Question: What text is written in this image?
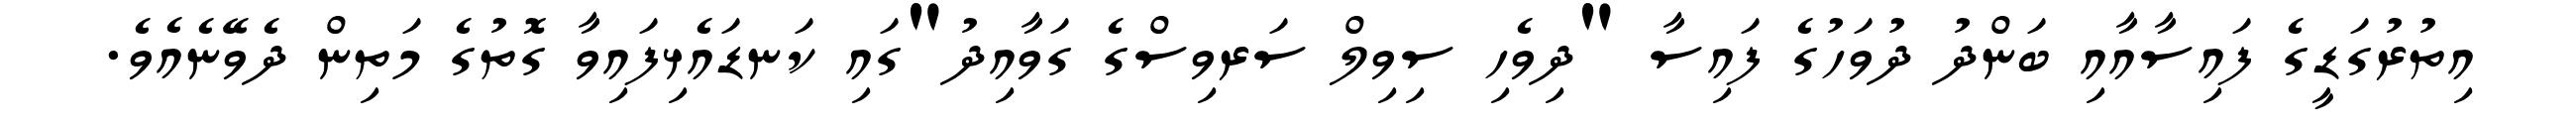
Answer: އިތުރުގަޑީގެ ފައިސާއާއި ބަންދު ދުވަހުގެ ފައިސާ "ދިވެހި ސިވިލް ސަރވިސްގެ ގަވާއިދު"ގައި ކަނޑައެޅިފައިވާ ގޮތުގެ މަތިން ދެވޭނެއެވެ.